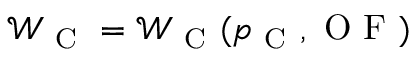
\mathcal { W } _ { \mathrm { ~ C ~ } } = \mathcal { W } _ { \mathrm { ~ C ~ } } ( p _ { \mathrm { ~ C ~ } } , \mathrm { ~ O ~ F ~ } )